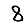
Digit: 8